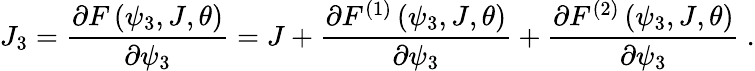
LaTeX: J_{3}=\frac{\partial F\left(\psi_{3},J,\theta\right)}{\partial\psi_{3}}=J+\frac{\partial F^{(1)}\left(\psi_{3},J,\theta\right)}{\partial\psi_{3}}+\frac{\partial F^{(2)}\left(\psi_{3},J,\theta\right)}{\partial\psi_{3}}\ .